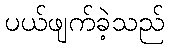
ပယ်ဖျက်ခဲ့သည်